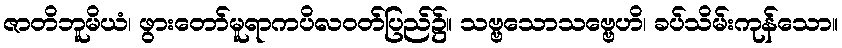
ဇာတိဘူမိယံ၊ ဖွားတော်မူရာကပိလဝတ်ပြည်၌။ သဗ္ဗသောသဗ္ဗေဟိ၊ ခပ်သိမ်းကုန်သော။